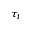
\tau _ { t }